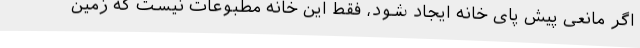
اگر مانعی پیش پای خانه ایجاد شود، فقط این خانه مطبوعات نیست که زمین